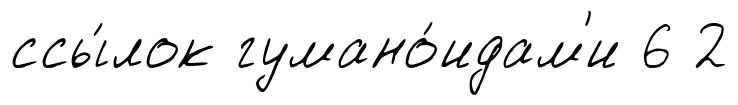
ссы́лок гумано́идам'и 6 2